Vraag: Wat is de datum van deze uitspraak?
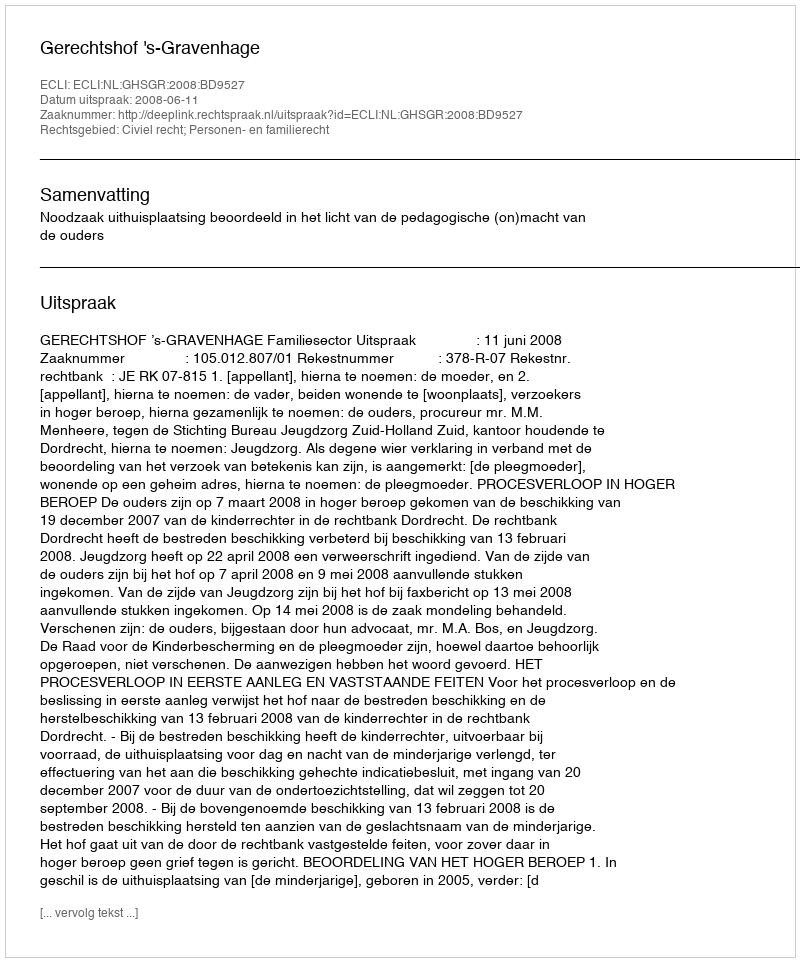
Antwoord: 2008-06-11